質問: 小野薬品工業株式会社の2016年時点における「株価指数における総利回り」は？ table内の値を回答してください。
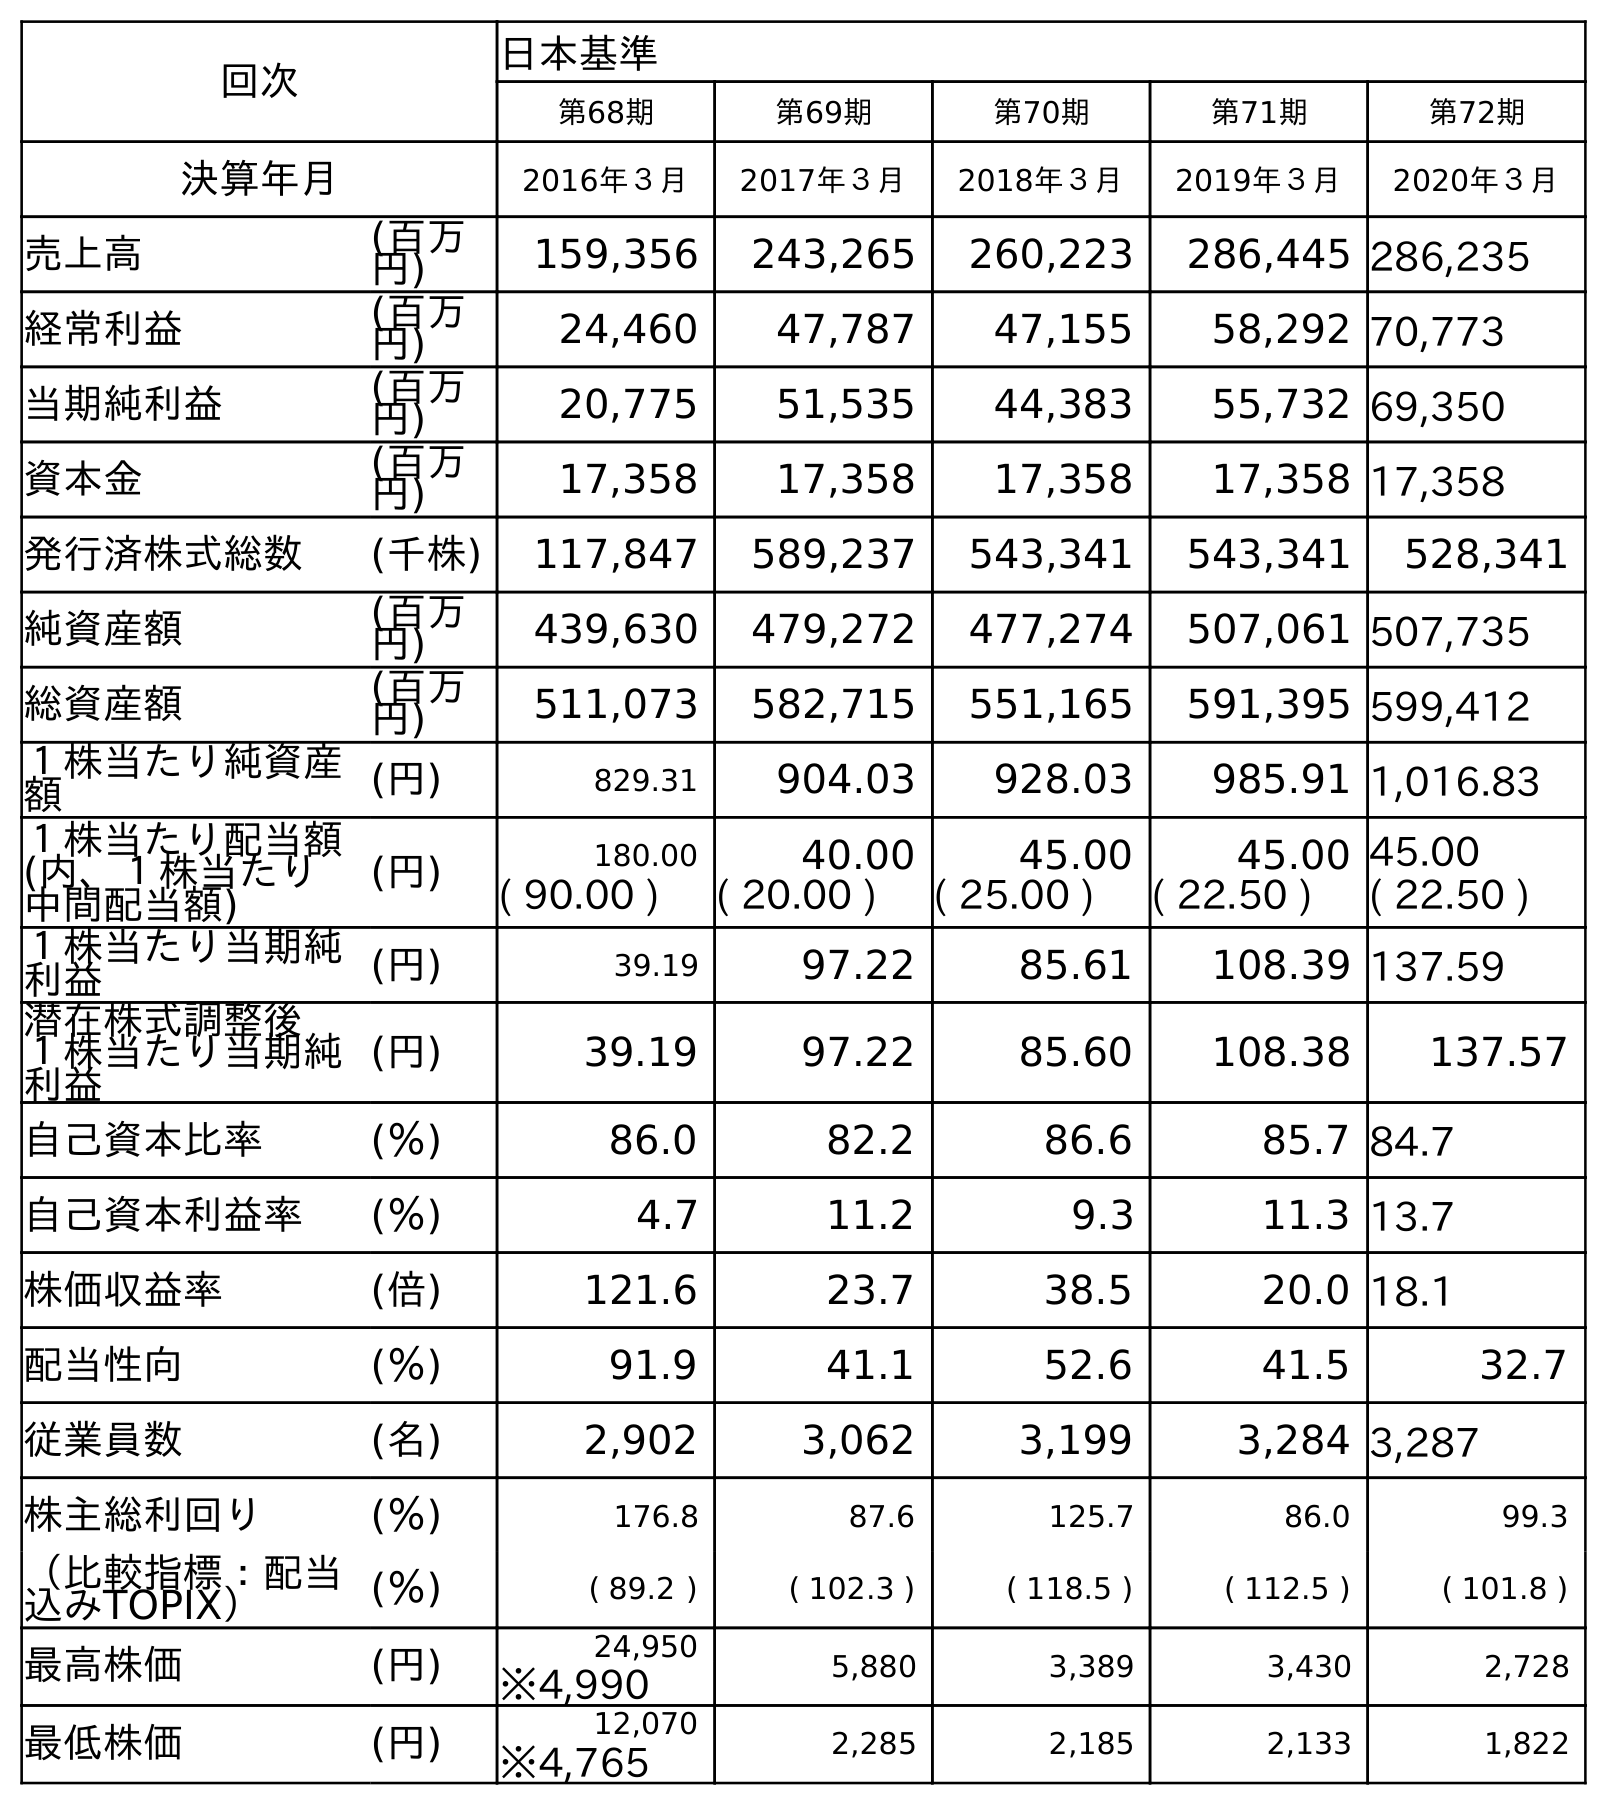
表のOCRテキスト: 回次 日本基準 第68期 第69期 第70期 第71期 第72期 決算年月 2016年３月 2017年３月 2018年３月 2019年３月 2020年３月 売上高 (百万 円) 159,356 243,265 260,223 286,445 286,235 経常利益 (百万 円) 24,460 47,787 47,155 58,292 70,773 当期純利益 (百万 円) 20,775 51,535 44,383 55,732 69,350 資本金 (百万 円) 17,358 17,358 17,358 17,358 17,358 発行済株式総数 (千株) 117,847 589,237 543,341 543,341 528,341 純資産額 (百万 円) 439,630 479,272 477,274 507,061 507,735 総資産額 (百万 円) 511,073 582,715 551,165 591,395 599,412 １株当たり純資産 額 (円) 829.31 904.03 928.03 985.91 1,016.83 １株当たり配当額 (内、１株当たり 中間配当額) (円) 180.00 40.00 45.00 45.00 45.00 ( 90.00 ) ( 20.00 ) ( 25.00 ) ( 22.50 ) ( 22.50 ) １株当たり当期純 利益 (円) 39.19 97.22 85.61 108.39 137.59 潜在株式調整後 １株当たり当期純 利益 (円) 39.19 97.22 85.60 108.38 137.57 自己資本比率 (％) 86.0 82.2 86.6 85.7 84.7 自己資本利益率 (％) 4.7 11.2 9.3 11.3 13.7 株価収益率 (倍) 121.6 23.7 38.5 20.0 18.1 配当性向 (％) 91.9 41.1 52.6 41.5 32.7 従業員数 (名) 2,902 3,062 3,199 3,284 3,287 株主総利回り (％) 176.8 87.6 125.7 86.0 99.3 （比較指標：配当 込みTOPIX） (％) ( 89.2 ) ( 102.3 ) ( 118.5 ) ( 112.5 ) ( 101.8 ) 最高株価 (円) 24,950 5,880 3,389 3,430 2,728 ※4,990 最低株価 (円) 12,070 2,285 2,185 2,133 1,822 ※4,765
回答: (89.2)